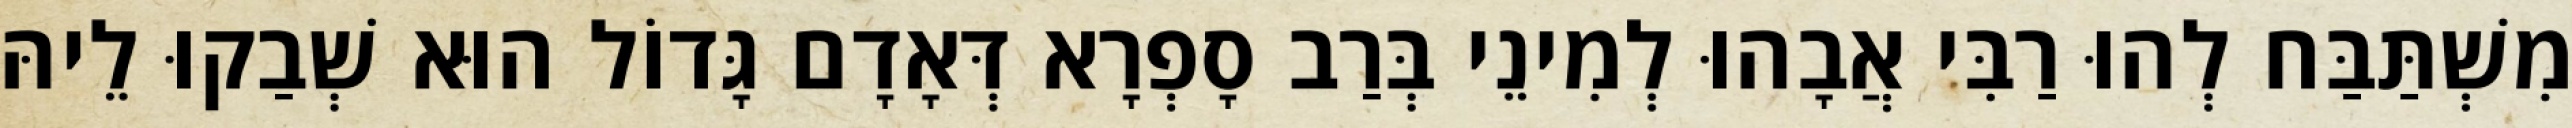
מִשְׁתַּבַּח לְהוּ רַבִּי אֲבָהוּ לְמִינֵי בְּרַב סָפְרָא דְּאָדָם גָּדוֹל הוּא שְׁבַקוּ לֵיהּ